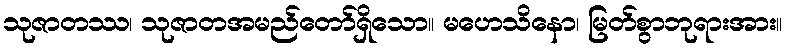
သုဇာတဿ၊ သုဇာတအမည်တော်ရှိသော။ မဟေသိနော၊ မြတ်စွာဘုရားအား။